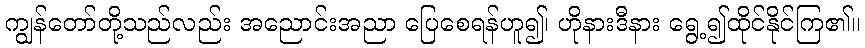
ကျွန်တော်တို့သည်လည်း အညောင်းအညာ ပြေစေရန်ဟူ၍၊ ဟိုနားဒီနား ရွေ့၍ထိုင်နိုင်ကြ၏။